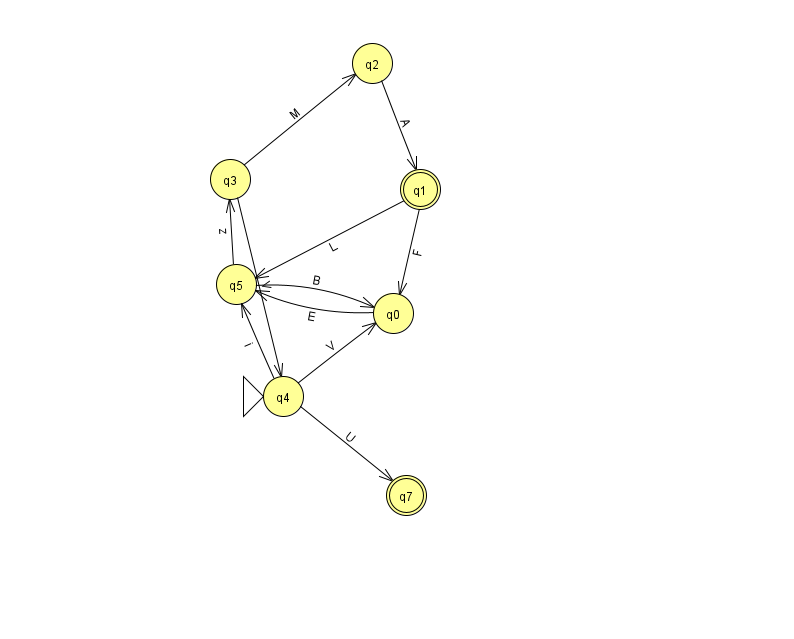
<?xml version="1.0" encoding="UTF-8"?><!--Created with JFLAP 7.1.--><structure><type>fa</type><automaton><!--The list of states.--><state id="0" name="q0"><x>393.0</x><y>300.0</y></state><state id="1" name="q1"><x>420.0</x><y>176.0</y><final/></state><state id="2" name="q2"><x>372.0</x><y>50.0</y></state><state id="3" name="q3"><x>230.0</x><y>166.0</y></state><state id="4" name="q4"><x>283.0</x><y>383.0</y><initial/></state><state id="5" name="q5"><x>236.0</x><y>271.0</y></state><state id="7" name="q7"><x>406.0</x><y>482.0</y><final/></state><!--The list of transitions.--><transition><from>0</from><to>5</to><read>E</read></transition><transition><from>3</from><to>2</to><read>M</read></transition><transition><from>2</from><to>1</to><read>A</read></transition><transition><from>5</from><to>0</to><read>B</read></transition><transition><from>1</from><to>0</to><read>F</read></transition><transition><from>4</from><to>0</to><read>V</read></transition><transition><from>5</from><to>3</to><read>z</read></transition><transition><from>4</from><to>7</to><read>U</read></transition><transition><from>1</from><to>5</to><read>L</read></transition><transition><from>3</from><to>4</to><read>V</read></transition><transition><from>4</from><to>5</to><read>i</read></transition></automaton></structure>